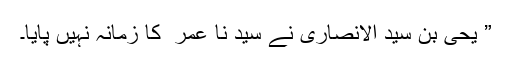
” یحیٰ بن سید الانصاری نے سید نا عمر ؓ کا زمانہ نہیں پایا۔